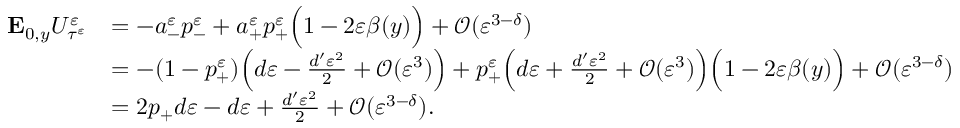
\begin{array} { r l } { \mathbf { E } _ { 0 , y } U _ { \tau ^ { \varepsilon } } ^ { \varepsilon } } & { = - a _ { - } ^ { \varepsilon } p _ { - } ^ { \varepsilon } + a _ { + } ^ { \varepsilon } p _ { + } ^ { \varepsilon } \Big ( 1 - 2 \varepsilon \beta ( y ) \Big ) + \mathcal O ( \varepsilon ^ { 3 - \delta } ) } \\ & { = - ( 1 - p _ { + } ^ { \varepsilon } ) \Big ( d \varepsilon - \frac { d ^ { \prime } \varepsilon ^ { 2 } } { 2 } + \mathcal { O } ( \varepsilon ^ { 3 } ) \Big ) + p _ { + } ^ { \varepsilon } \Big ( d \varepsilon + \frac { d ^ { \prime } \varepsilon ^ { 2 } } { 2 } + \mathcal { O } ( \varepsilon ^ { 3 } ) \Big ) \Big ( 1 - 2 \varepsilon \beta ( y ) \Big ) + \mathcal O ( \varepsilon ^ { 3 - \delta } ) } \\ & { = 2 p _ { + } d \varepsilon - d \varepsilon + \frac { d ^ { \prime } \varepsilon ^ { 2 } } { 2 } + \mathcal O ( \varepsilon ^ { 3 - \delta } ) . } \end{array}